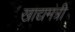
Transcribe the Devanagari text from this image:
खाद्यमंत्री